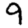
Digit: 9